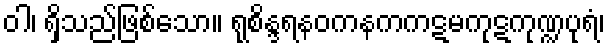
ဝါ၊ ရှိသည်ဖြစ်သော။ ရုစိန္ဒရနဝကနကကဋမကုဋကုဏ္ဍပုရံ၊